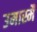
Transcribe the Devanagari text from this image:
उमास्मै